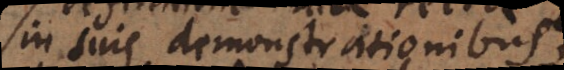
in suis demonstrationibus,